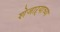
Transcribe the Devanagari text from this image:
शेजाऱ्याच्या